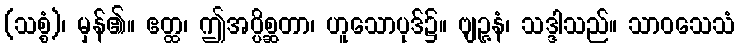
(သစ္စံ)၊ မှန်၏။ ဧတ္ထ၊ ဤအပ္ပိစ္ဆတာ၊ ဟူသောပုဒ်၌။ ဗျဉ္ဇနံ၊ သဒ္ဒါသည်။ သာဝသေသံ